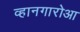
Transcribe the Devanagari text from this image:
व्हानगारोआ